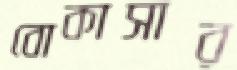
বোকাসার